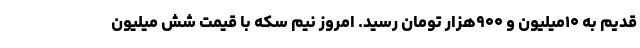
قدیم به ۱۰میلیون و ۹۰۰هزار تومان رسید. امروز نیم سکه با قیمت شش میلیون